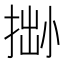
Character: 𢮬